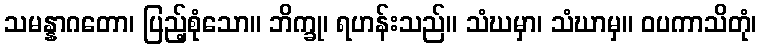
သမန္နာဂတော၊ ပြည့်စုံသော။ ဘိက္ခု၊ ရဟန်းသည်။ သံဃမှာ၊ သံဃာမှ။ ဝပကာသိတုံ၊